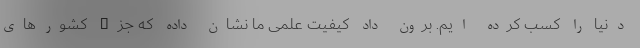
دنیا را کسب کرده ایم. برون داد کیفیت علمی ما نشان داده که جزء کشورهای